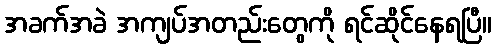
အခက်အခဲ အကျပ်အတည်းတွေကို ရင်ဆိုင်နေရပြီ။